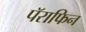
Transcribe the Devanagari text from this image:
पॅराफिन